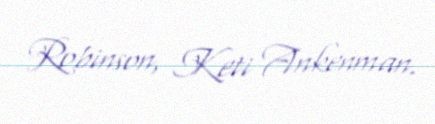
Robinson, Keti Ankenman.